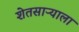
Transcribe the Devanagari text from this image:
शेतसाऱ्याला